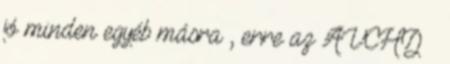
jó minden egyéb másra , erre az AVCHD